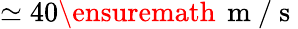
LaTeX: \simeq 40\ensuremath{\, \mathrm{~m~/~s~}}